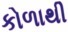
કોળાથી